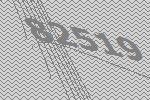
82519